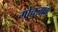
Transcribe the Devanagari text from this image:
गोचुजांग